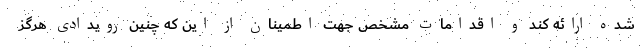
شده ارائه کند و اقدامات مشخص جهت اطمینان از این‌ که چنین رویدادی هرگز